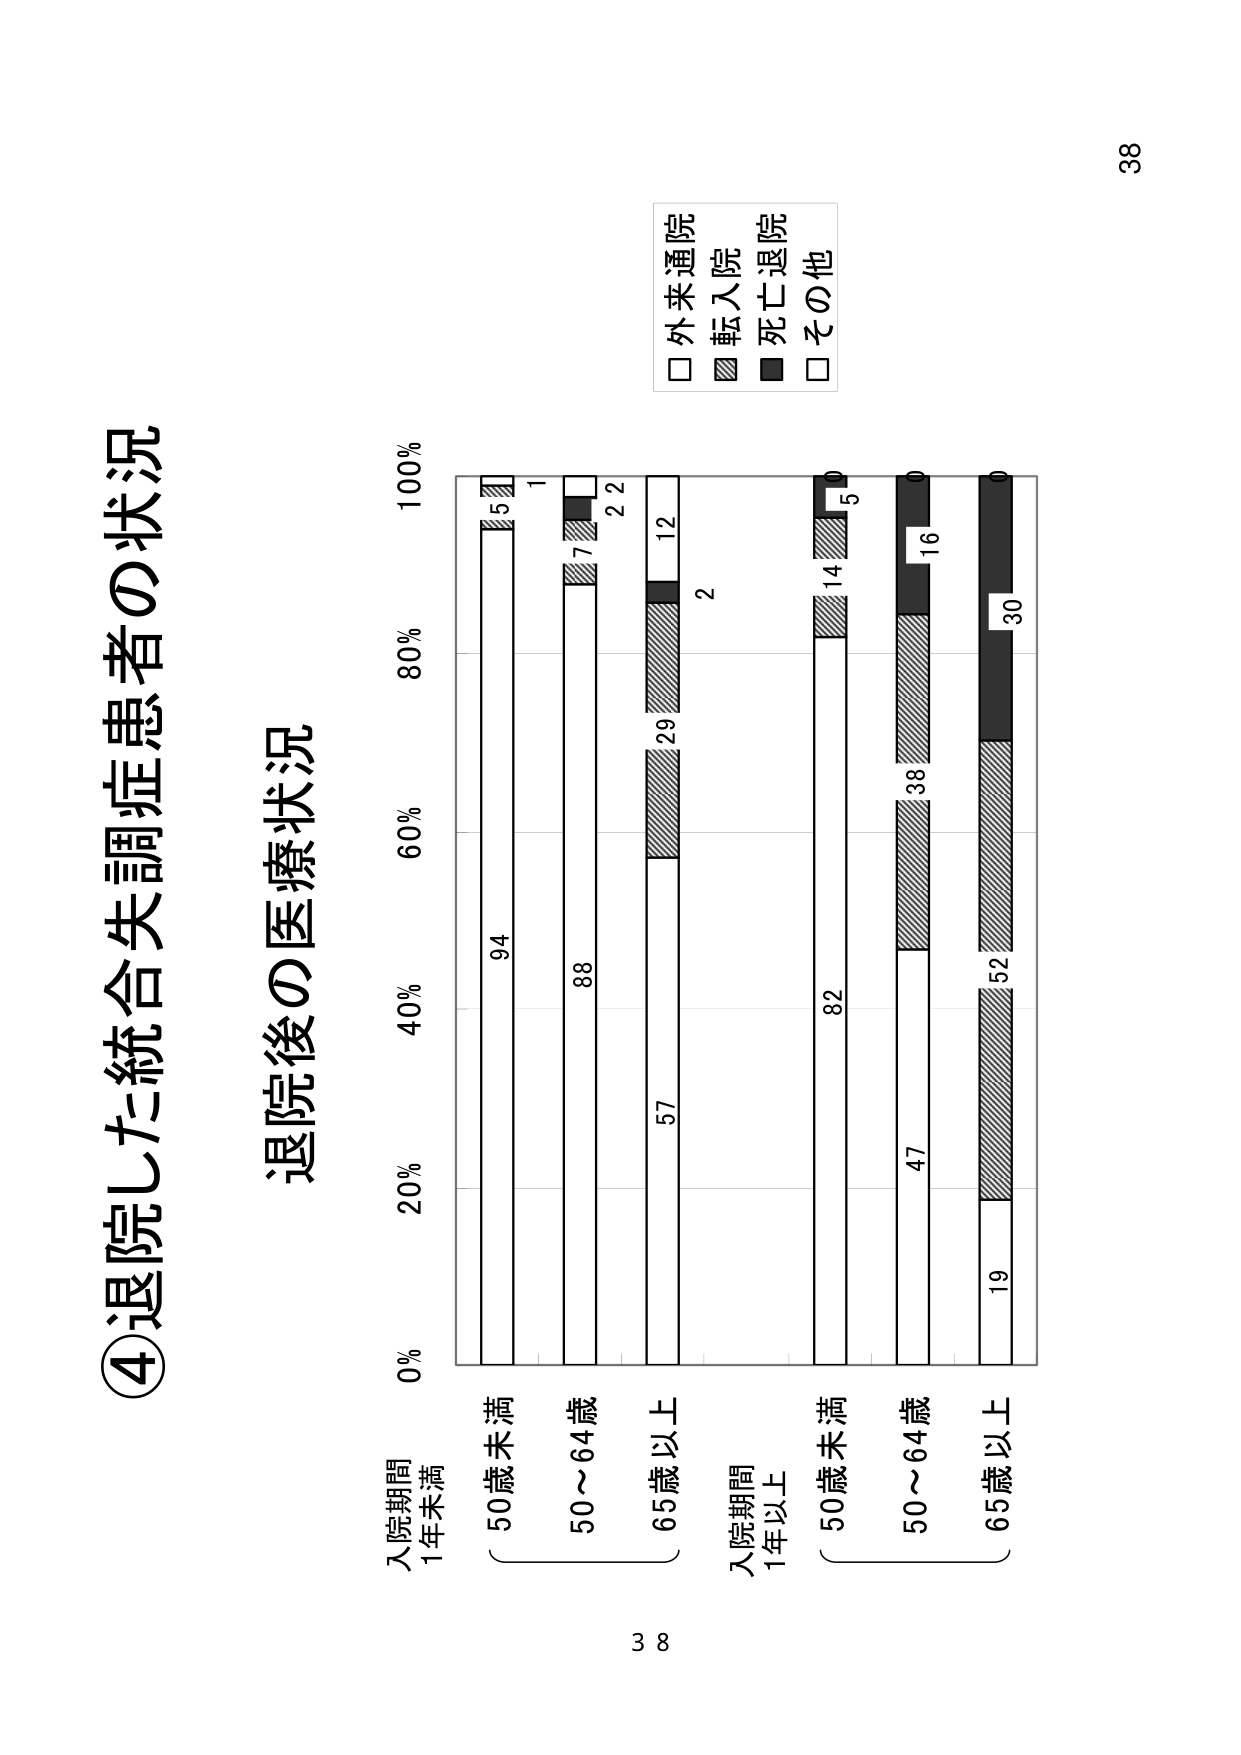
④退院した統合失調症患者の状況
退院後の医療状況

入院期間
1年未満
50歳未満
50～64歳
65歳以上

入院期間
1年以上
50歳未満
50～64歳
65歳以上

0%
20%
40%
60%
80%
100%

94
5
1
88
7
2
2
57
29
12
2
82
14
5
0
47
38
16
0
19
52
30
0

□ 外来通院
■ 転入院
■ 死亡退院
□ その他

38